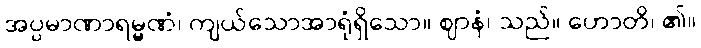
အပ္ပမာဏာရမ္မဏံ၊ ကျယ်သောအာရုံရှိသော။ ဈာနံ၊ သည်။ ဟောတိ၊ ၏။